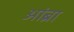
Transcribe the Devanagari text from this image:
आंब्रा